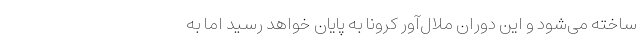
ساخته می‌شود و این دوران ملال‌آور کرونا به پایان خواهد رسید اما به